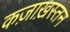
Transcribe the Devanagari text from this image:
कज़ाख़स्तन